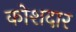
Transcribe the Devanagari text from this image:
कोशदार